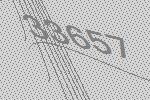
33657